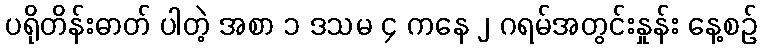
ပရိုတိန်းဓာတ် ပါတဲ့ အစာ ၁ ဒသမ ၄ ကနေ ၂ ဂရမ်အတွင်းနှုန်း နေ့စဉ်